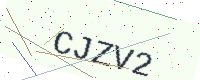
Text: CJZV2